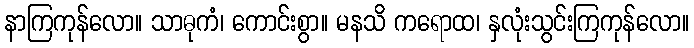
နာကြကုန်လော။ သာဓုကံ၊ ကောင်းစွာ။ မနသိ ကရောထ၊ နှလုံးသွင်းကြကုန်လော။